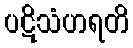
ပဋိသံဟရတိ